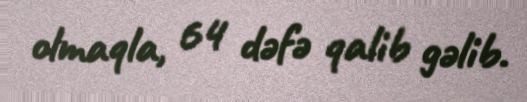
olmaqla, 64 dəfə qalib gəlib.